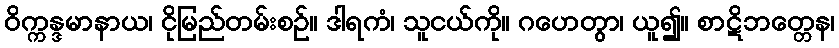
ဝိက္ကန္ဒမာနာယ၊ ငိုမြည်တမ်းစဉ်။ ဒါရကံ၊ သူငယ်ကို။ ဂဟေတွာ၊ ယူ၍။ စာဋိဘတ္တေန၊